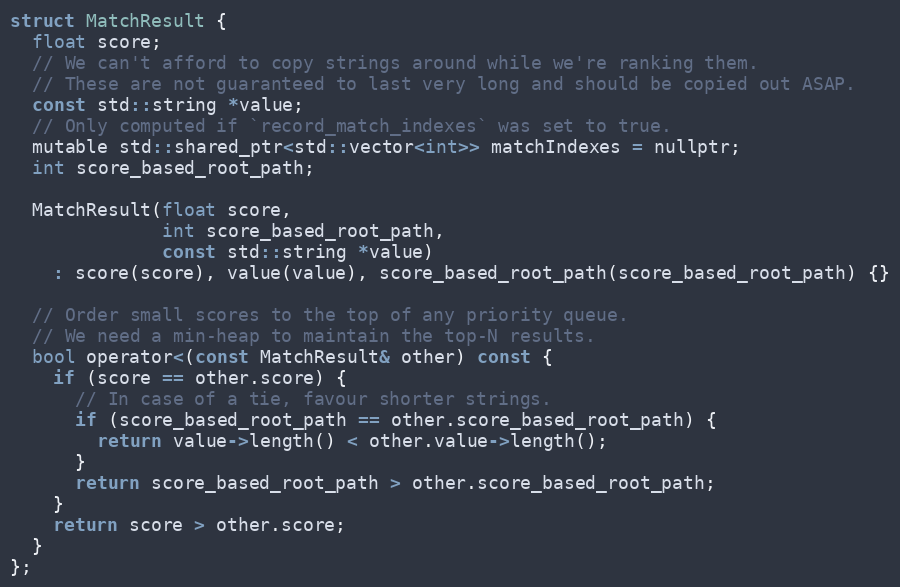
Language: C
struct MatchResult {
  float score;
  // We can't afford to copy strings around while we're ranking them.
  // These are not guaranteed to last very long and should be copied out ASAP.
  const std::string *value;
  // Only computed if `record_match_indexes` was set to true.
  mutable std::shared_ptr<std::vector<int>> matchIndexes = nullptr;
  int score_based_root_path;

  MatchResult(float score,
              int score_based_root_path,
              const std::string *value)
    : score(score), value(value), score_based_root_path(score_based_root_path) {}

  // Order small scores to the top of any priority queue.
  // We need a min-heap to maintain the top-N results.
  bool operator<(const MatchResult& other) const {
    if (score == other.score) {
      // In case of a tie, favour shorter strings.
      if (score_based_root_path == other.score_based_root_path) {
        return value->length() < other.value->length();
      }
      return score_based_root_path > other.score_based_root_path;
    }
    return score > other.score;
  }
};